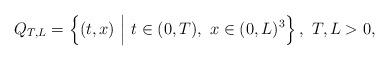
LaTeX: \begin{align*}Q_{T,L} = \left\{ (t,x) \ \Big| \ t \in (0,T), \ x \in (0,L)^3 \right\}, \ T,L > 0,\end{align*}